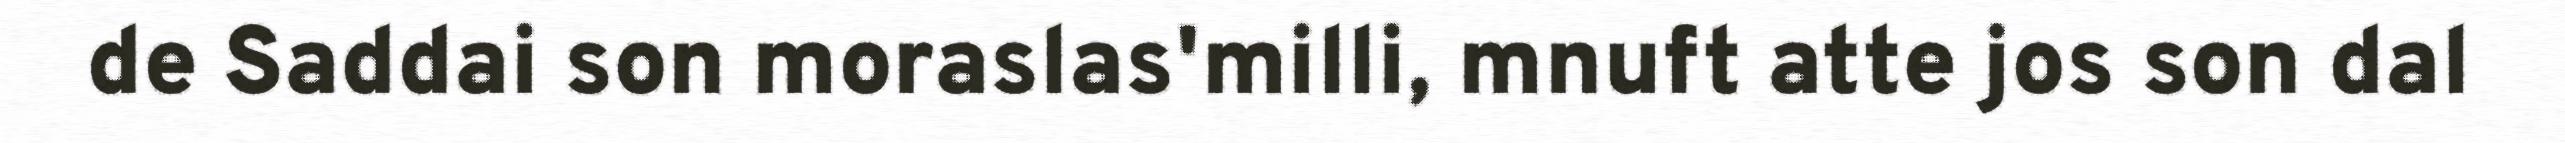
de Saddai son moraslas'milli, mnuft atte jos son dal